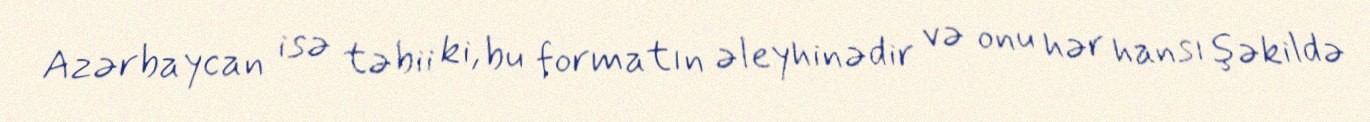
Azərbaycan isə təbii ki, bu formatın əleyhinədir və onu hər hansı şəkildə